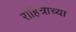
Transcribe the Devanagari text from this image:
रोहित्राच्या